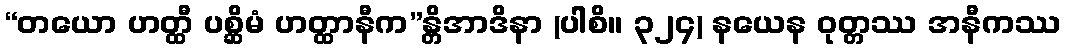
“တယော ဟတ္ထီ ပစ္ဆိမံ ဟတ္ထာနီက”န္တိအာဒိနာ (ပါစိ။ ၃၂၄) နယေန ဝုတ္တဿ အနီကဿ